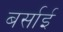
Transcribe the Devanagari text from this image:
बर्साई